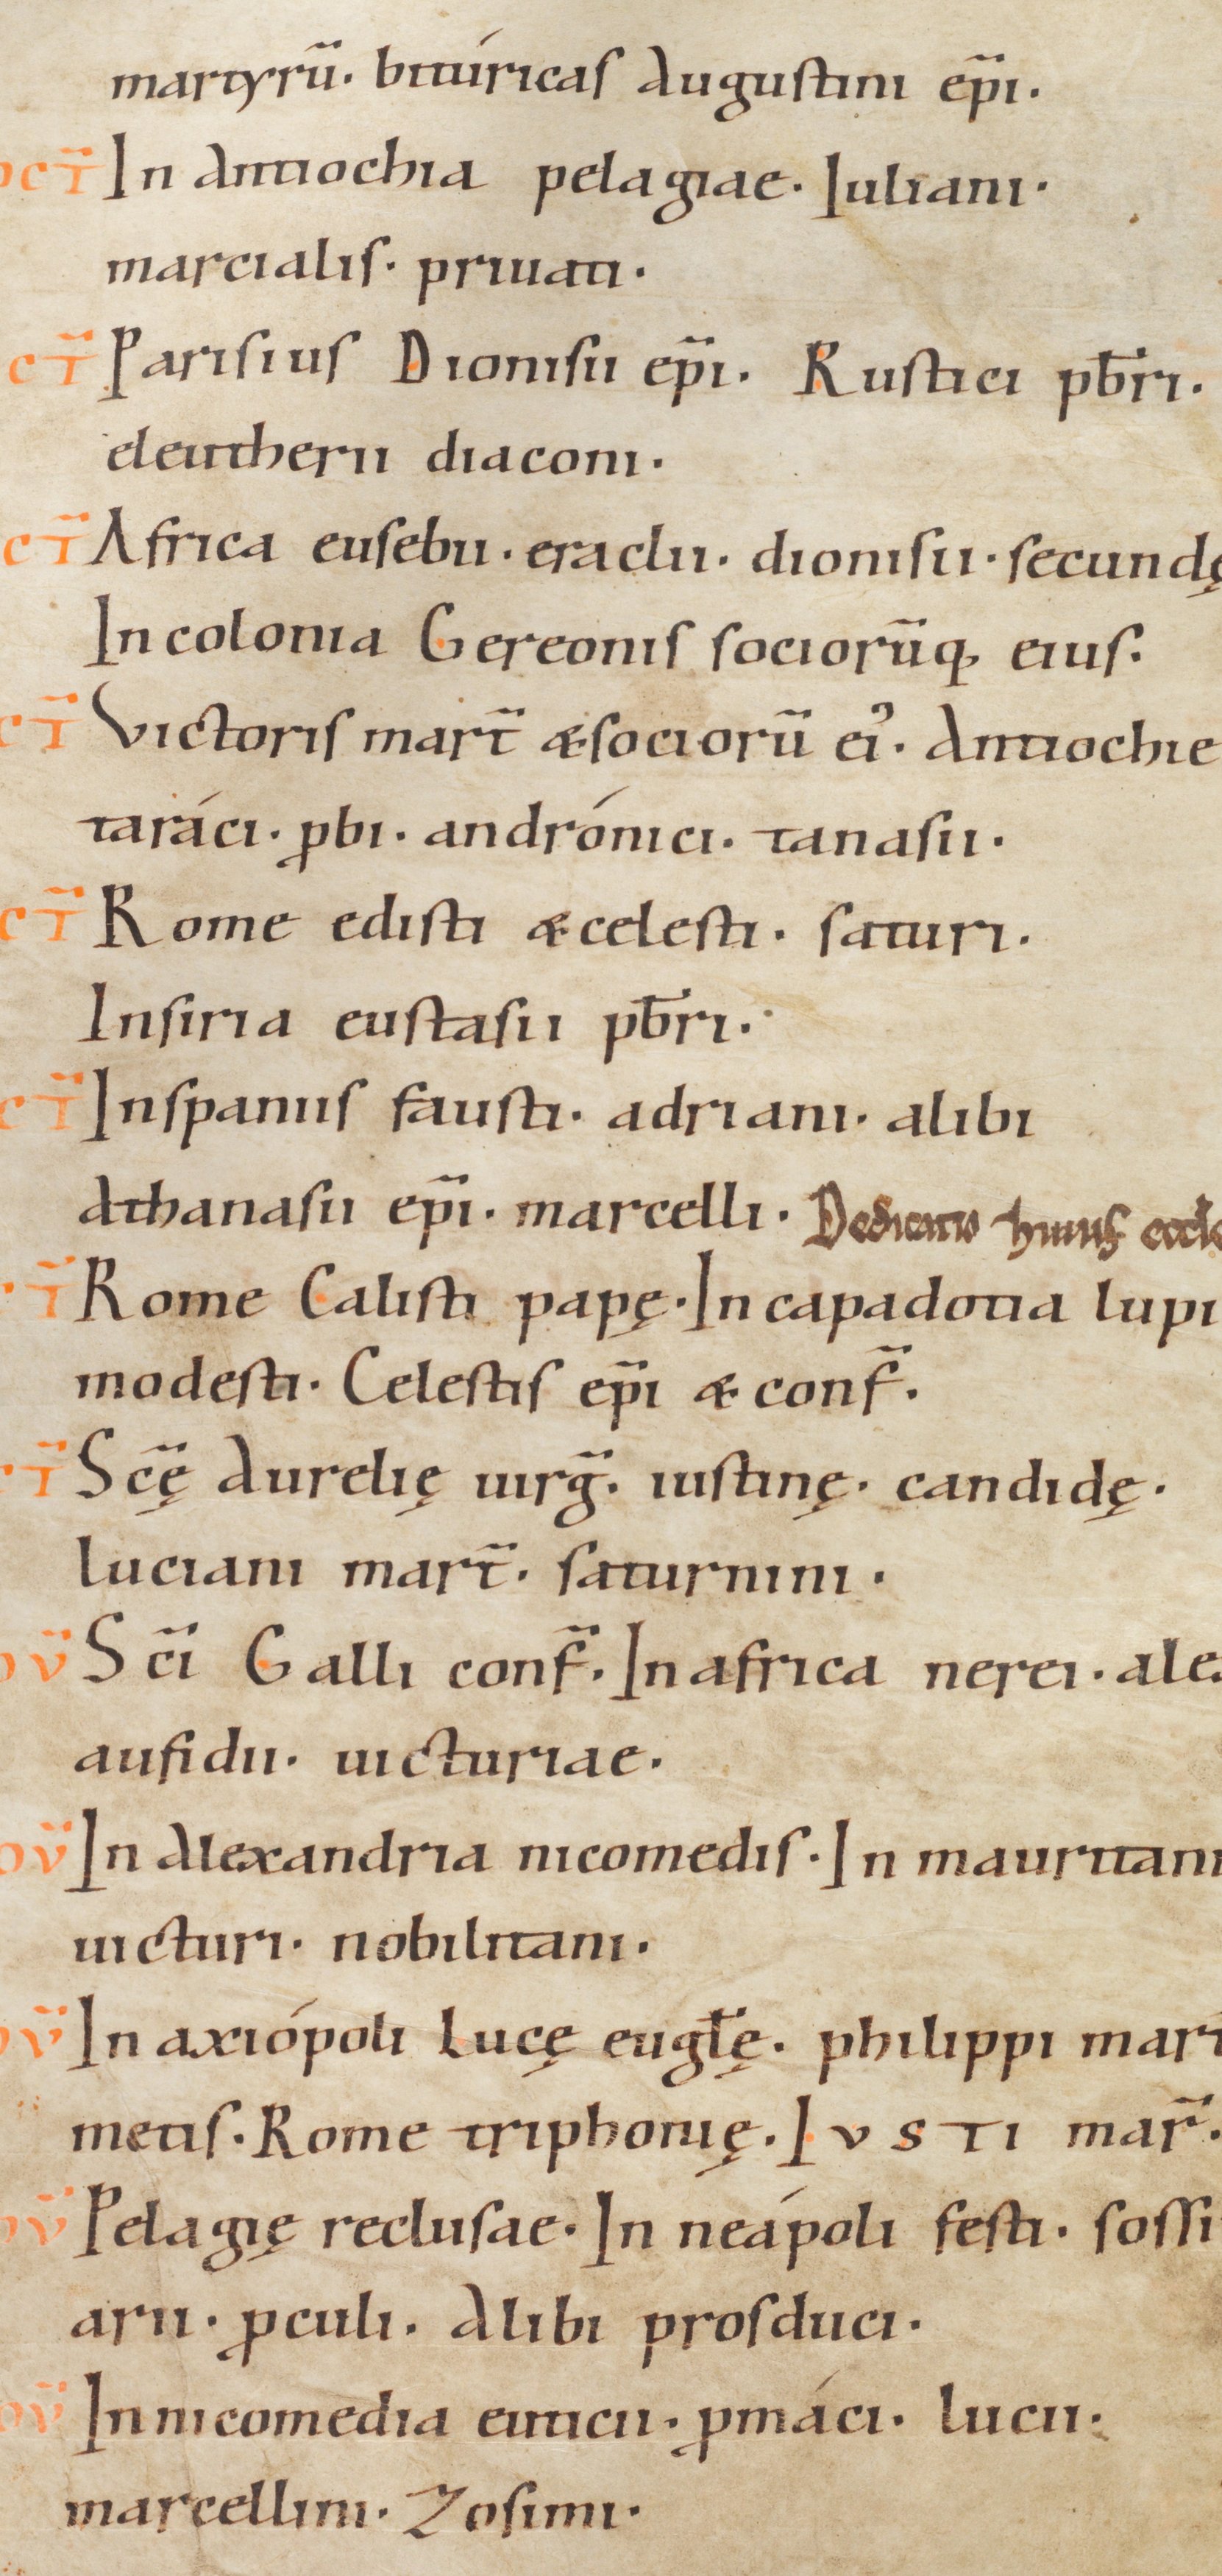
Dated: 1070–1099